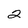
Character: 2